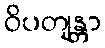
ဝိပတျန္တာ